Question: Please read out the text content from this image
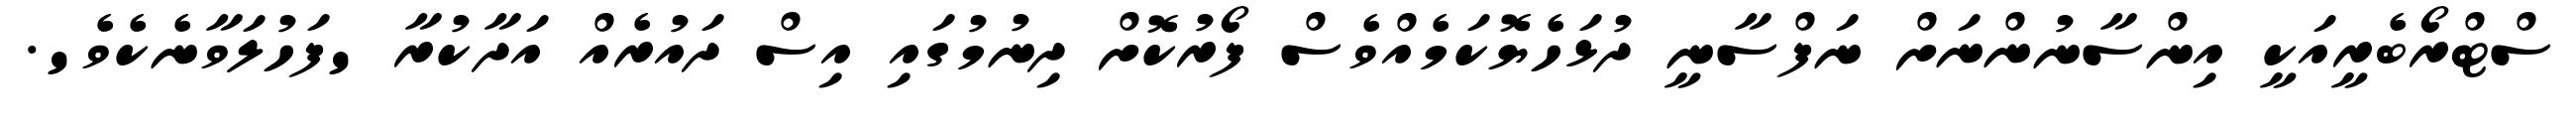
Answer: ސްޓްރޯބެރީއަކީ އިންސާނުންނަށް ނަފްސާނީ ދުޅަހެޔޮކަމެއްވެސް ފޯރުކޮށް ދިނުމުގައި އިސް ދައުރެއް އަދާކުރާ 'ފަހުލަވާނެކެވެ'.